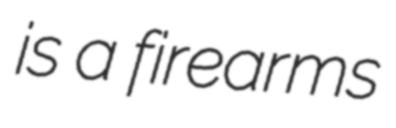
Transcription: is a firearms